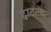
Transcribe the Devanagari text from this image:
दादल्या